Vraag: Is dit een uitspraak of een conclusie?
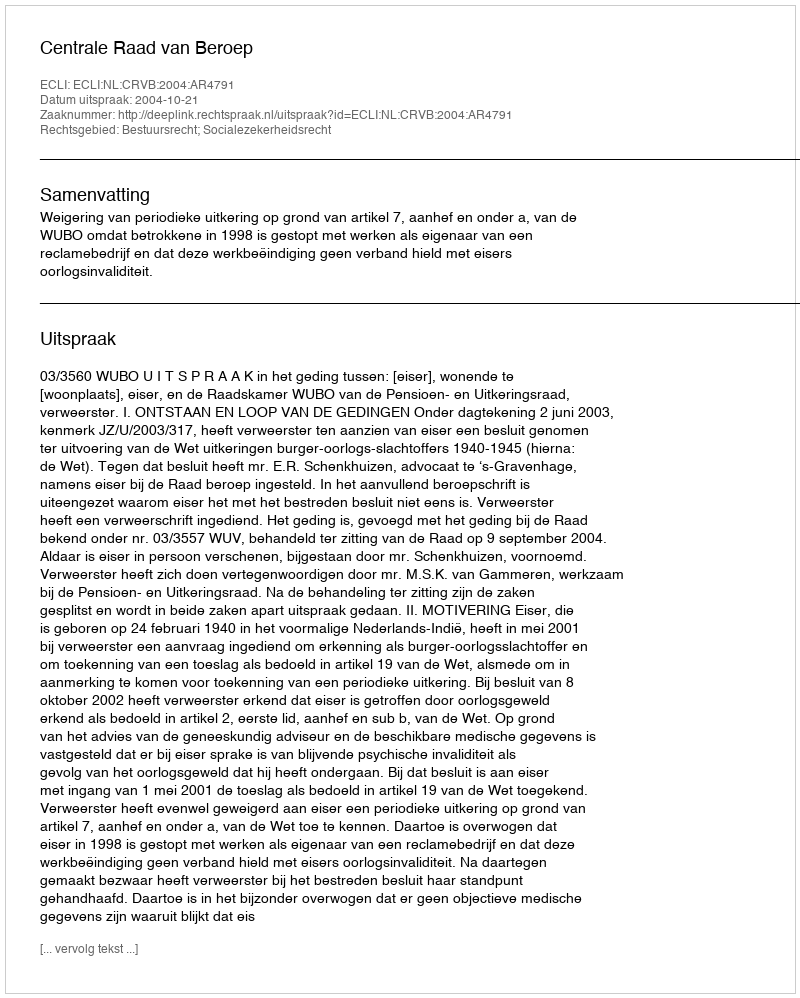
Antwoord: Uitspraak